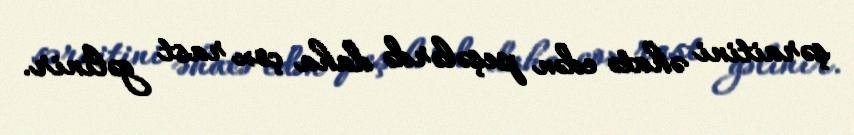
şəraitini əhatə edən peşələrdə daha çox rast gəlinir.